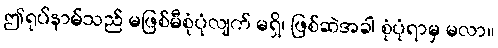
ဤရုပ်နာမ်သည် မဖြစ်မီစုံပုံလျက် မရှိ၊ ဖြစ်ဆဲအခါ စုံပုံရာမှ မလာ။